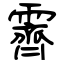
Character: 霽